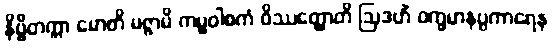
နိဗ္ဗိတက္ကာ မောတိ မဇ္ဇာမိ ကမ္မဝါစကံ ဝိဿတ္ထောတိ ဩဒဟိံ ဝက္ခမာနပ္ပကာရေန